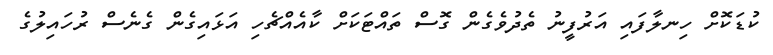
ކުޑަކޮށް ހިނލާފައި އަރުފީނު ތެދުވެގެން ގޮސް ތައްޓަކަށް ކާއެއްޗެހި އަޅައިގެން ގެނެސް ރުހައިލުގެ